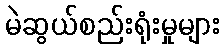
မဲဆွယ်စည်းရုံးမှုများ